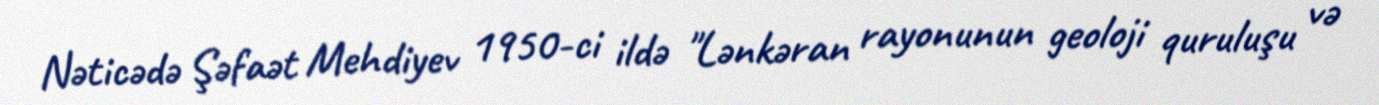
Nəticədə Şəfaət Mehdiyev 1950-ci ildə "Lənkəran rayonunun geoloji quruluşu və